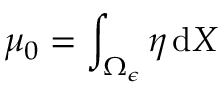
\mu _ { 0 } = \int _ { \Omega _ { \epsilon } } \eta \, \mathrm { d } X